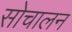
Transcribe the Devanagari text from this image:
सोचालन